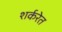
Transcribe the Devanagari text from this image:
शर्करेत